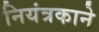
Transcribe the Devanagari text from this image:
नियंत्रकाने